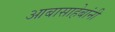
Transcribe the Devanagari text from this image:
आबासाहेबांनी